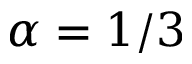
\alpha = 1 / 3